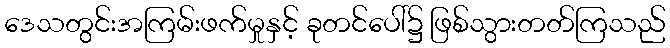
ဒေသတွင်းအကြမ်းဖက်မှုနှင့် ခုတင်ပေါ်၌ ဖြစ်သွားတတ်ကြသည်